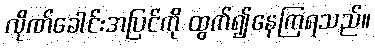
လိုဏ်ခေါင်းအပြင်ကို ထွက်၍နေကြရသည်။